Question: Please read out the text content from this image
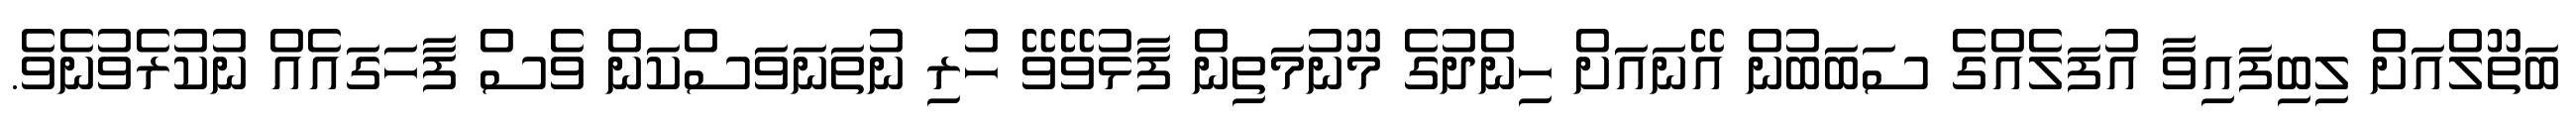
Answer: ބަތޫލްއަށް ލިބިފައިވާ އުފަލެއްގެ ސަބަބުން އޭނައަށް ހިންދުގެ މޫނުމަތިން ފާޅުވޭވޭ ހުރި ނުތަނަވަސްކަން ވެސް ފާހަގައެއް ނުކުރެވުނެވެ.